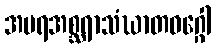
အပရအစ္ဆရာသံဃာတဝဂ္ဂေါ